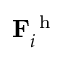
\mathbf { F } _ { i } ^ { \mathrm { ~ h ~ } }